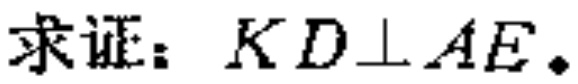
求证：$KD\perp AE.$